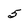
Character: 5